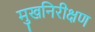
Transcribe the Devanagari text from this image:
मुखनिरीक्षण